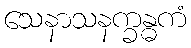
သေနာသနက္ခန္ဓကံ